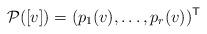
LaTeX: \begin{align*}\mathcal P([v])=(p_1(v),\dots,p_r(v))^\mathsf{T}\end{align*}